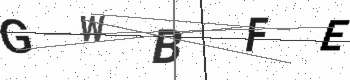
Text: GWBFE